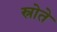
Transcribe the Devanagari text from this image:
स्रोते